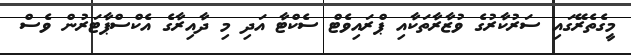
މީގެތެރޭގައި ސަރުކާރުގެ ވުޒާރާތަކާއި ޕްރައިވެޓް ސެކްޓާ އަދި މި ދާއިރާގެ އެކްސްޕާޓަރުން ވެސް